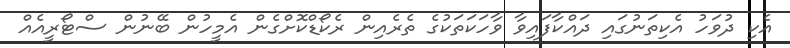
އެކި ދުވަހު އެކިތަނުގައި ދައްކާފައިވާ ވާހަކަތަކުގެ ތެރެއިން ރެކޯޑްކޮށްގެން އެމީހުން ބޭނުން ސްޓޯރީއެއް